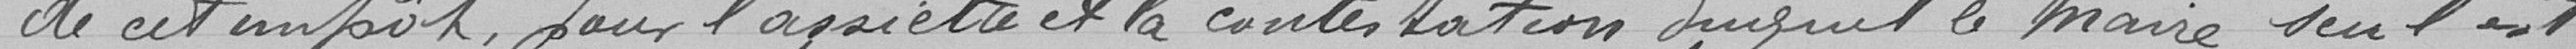
de cet impôt, pour l'assiette et la contestation duquel le Maire sur ?